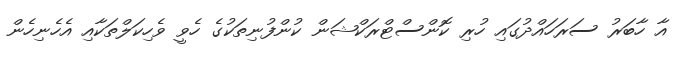
އާ ހާބަރު ސަރަހައްދުގައި ހުރި ކޮންސްޓްރަކްޝަން ކުންފުނިތަކުގެ ހެވީ ވެހިކަލްތަކާއި އެހެނިހެން